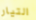
التيار